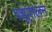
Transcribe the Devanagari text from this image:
पशूपालन